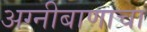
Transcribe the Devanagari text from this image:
अग्नीबाणाचा